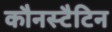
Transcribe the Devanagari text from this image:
कौनस्टैटिन